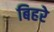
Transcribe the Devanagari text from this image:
बिहरे